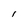
Character: l